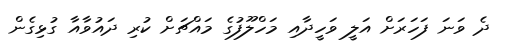
ދެ ވަނަ ފަހަރަށް އަލީ ވަހީދާއި މަހްލޫފުގެ މައްޗަށް ކުރި ދައުވާއާ ގުޅިގެން